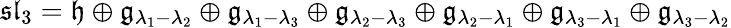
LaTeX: {\mathfrak{sl}}_{3}={\mathfrak{h}}\oplus{\mathfrak{g}}_{\lambda_{1}-\lambda_{2}}\oplus{\mathfrak{g}}_{\lambda_{1}-\lambda_{3}}\oplus{\mathfrak{g}}_{\lambda_{2}-\lambda_{3}}\oplus{\mathfrak{g}}_{\lambda_{2}-\lambda_{1}}\oplus{\mathfrak{g}}_{\lambda_{3}-\lambda_{1}}\oplus{\mathfrak{g}}_{\lambda_{3}-\lambda_{2}}